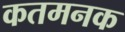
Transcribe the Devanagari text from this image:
कतमनक